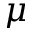
\mu